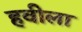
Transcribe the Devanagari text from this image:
हवीला